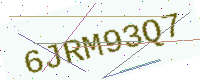
Text: 6JRM93Q7